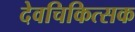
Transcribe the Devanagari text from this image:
देवचिकित्सक